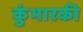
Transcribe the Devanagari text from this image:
कुंभारकी